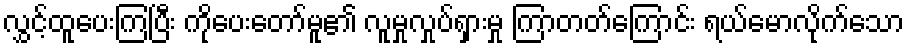
လွှင့်ထူပေးကြပြီး ကိုပေးတော်မူ၏ လူမှုလှုပ်ရှားမှု ကြာတတ်ကြောင်း ရယ်မောလိုက်သော